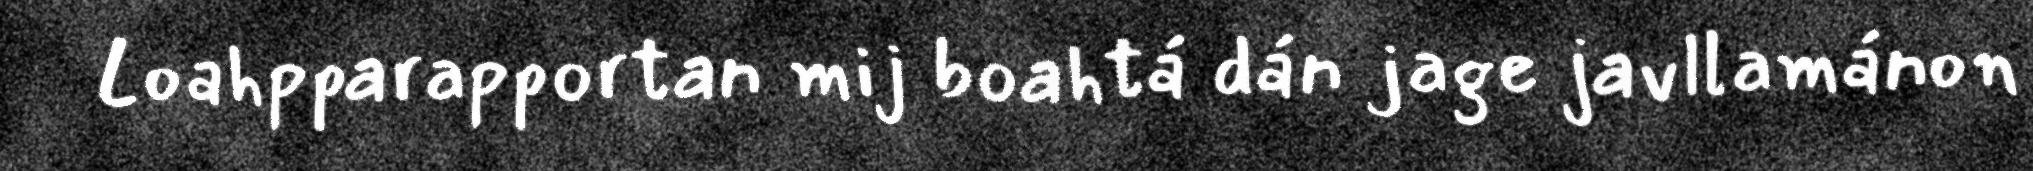
Loahpparapportan mij boahtá dán jage javllamánon